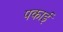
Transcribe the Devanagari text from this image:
पकाईं